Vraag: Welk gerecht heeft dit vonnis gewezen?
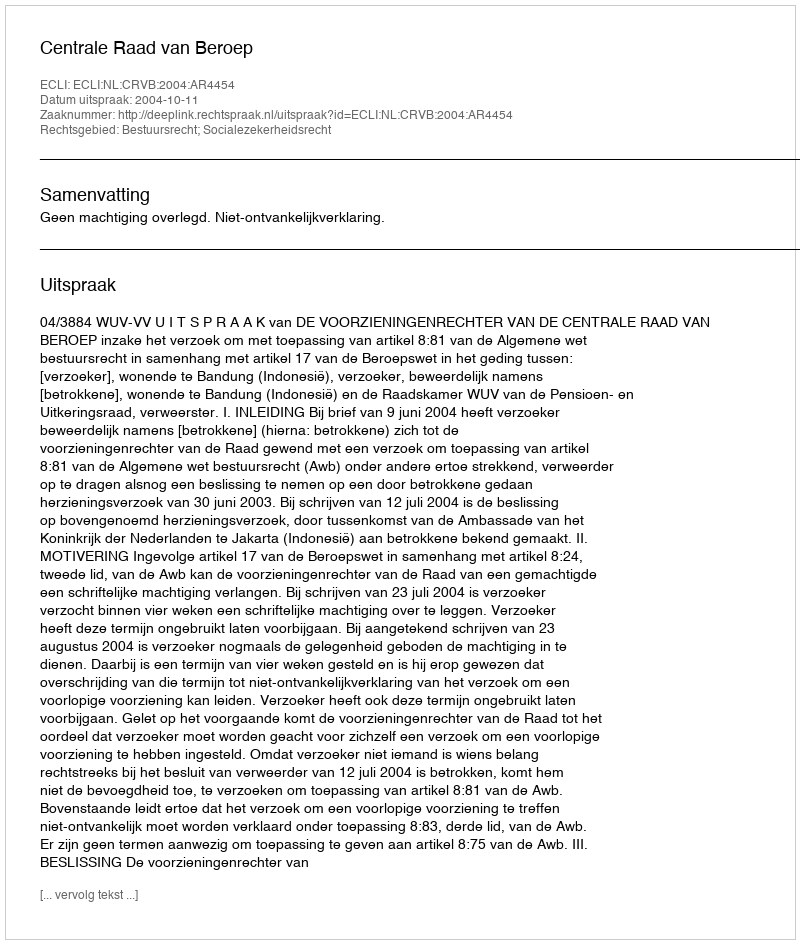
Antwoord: Centrale Raad van Beroep